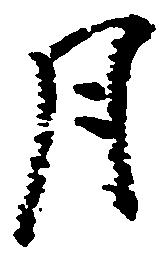
月